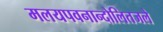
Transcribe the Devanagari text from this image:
मलयपवनान्दोलितजले